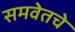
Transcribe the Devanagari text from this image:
समवेतचे